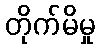
တိုက်မိမှု